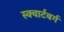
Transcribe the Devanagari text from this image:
स्क्वार्टबर्ग